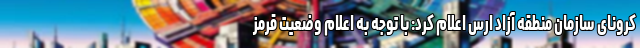
کرونای سازمان منطقه آزاد ارس اعلام کرد: با توجه به اعلام وضعیت قرمز